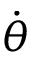
\dot { \theta }